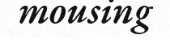
mousing